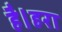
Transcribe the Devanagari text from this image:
है।हरा